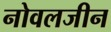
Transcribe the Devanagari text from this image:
नोवलजीन